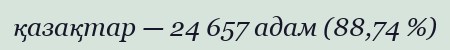
қазақтар — 24 657 адам (88,74 %)